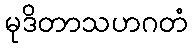
မုဒိတာသဟဂတံ